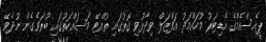
ޕީއެސްއެމްގެ އެޑިޓަރު މުހައްމަދު އަފްޒަލް ވިދާޅުވި ގޮތުގައި ތުއްޓޭ މަސައްކަތުގައި ބުރަވެގެން ނުދެވޭ